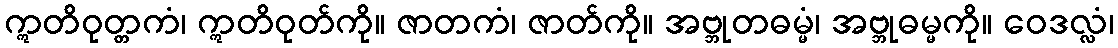
ဣတိဝုတ္တကံ၊ ဣတိဝုတ်ကို။ ဇာတကံ၊ ဇာတ်ကို။ အဗ္ဘုတဓမ္မံ၊ အဗ္ဘုဓမ္မကို။ ဝေဒလ္လံ၊